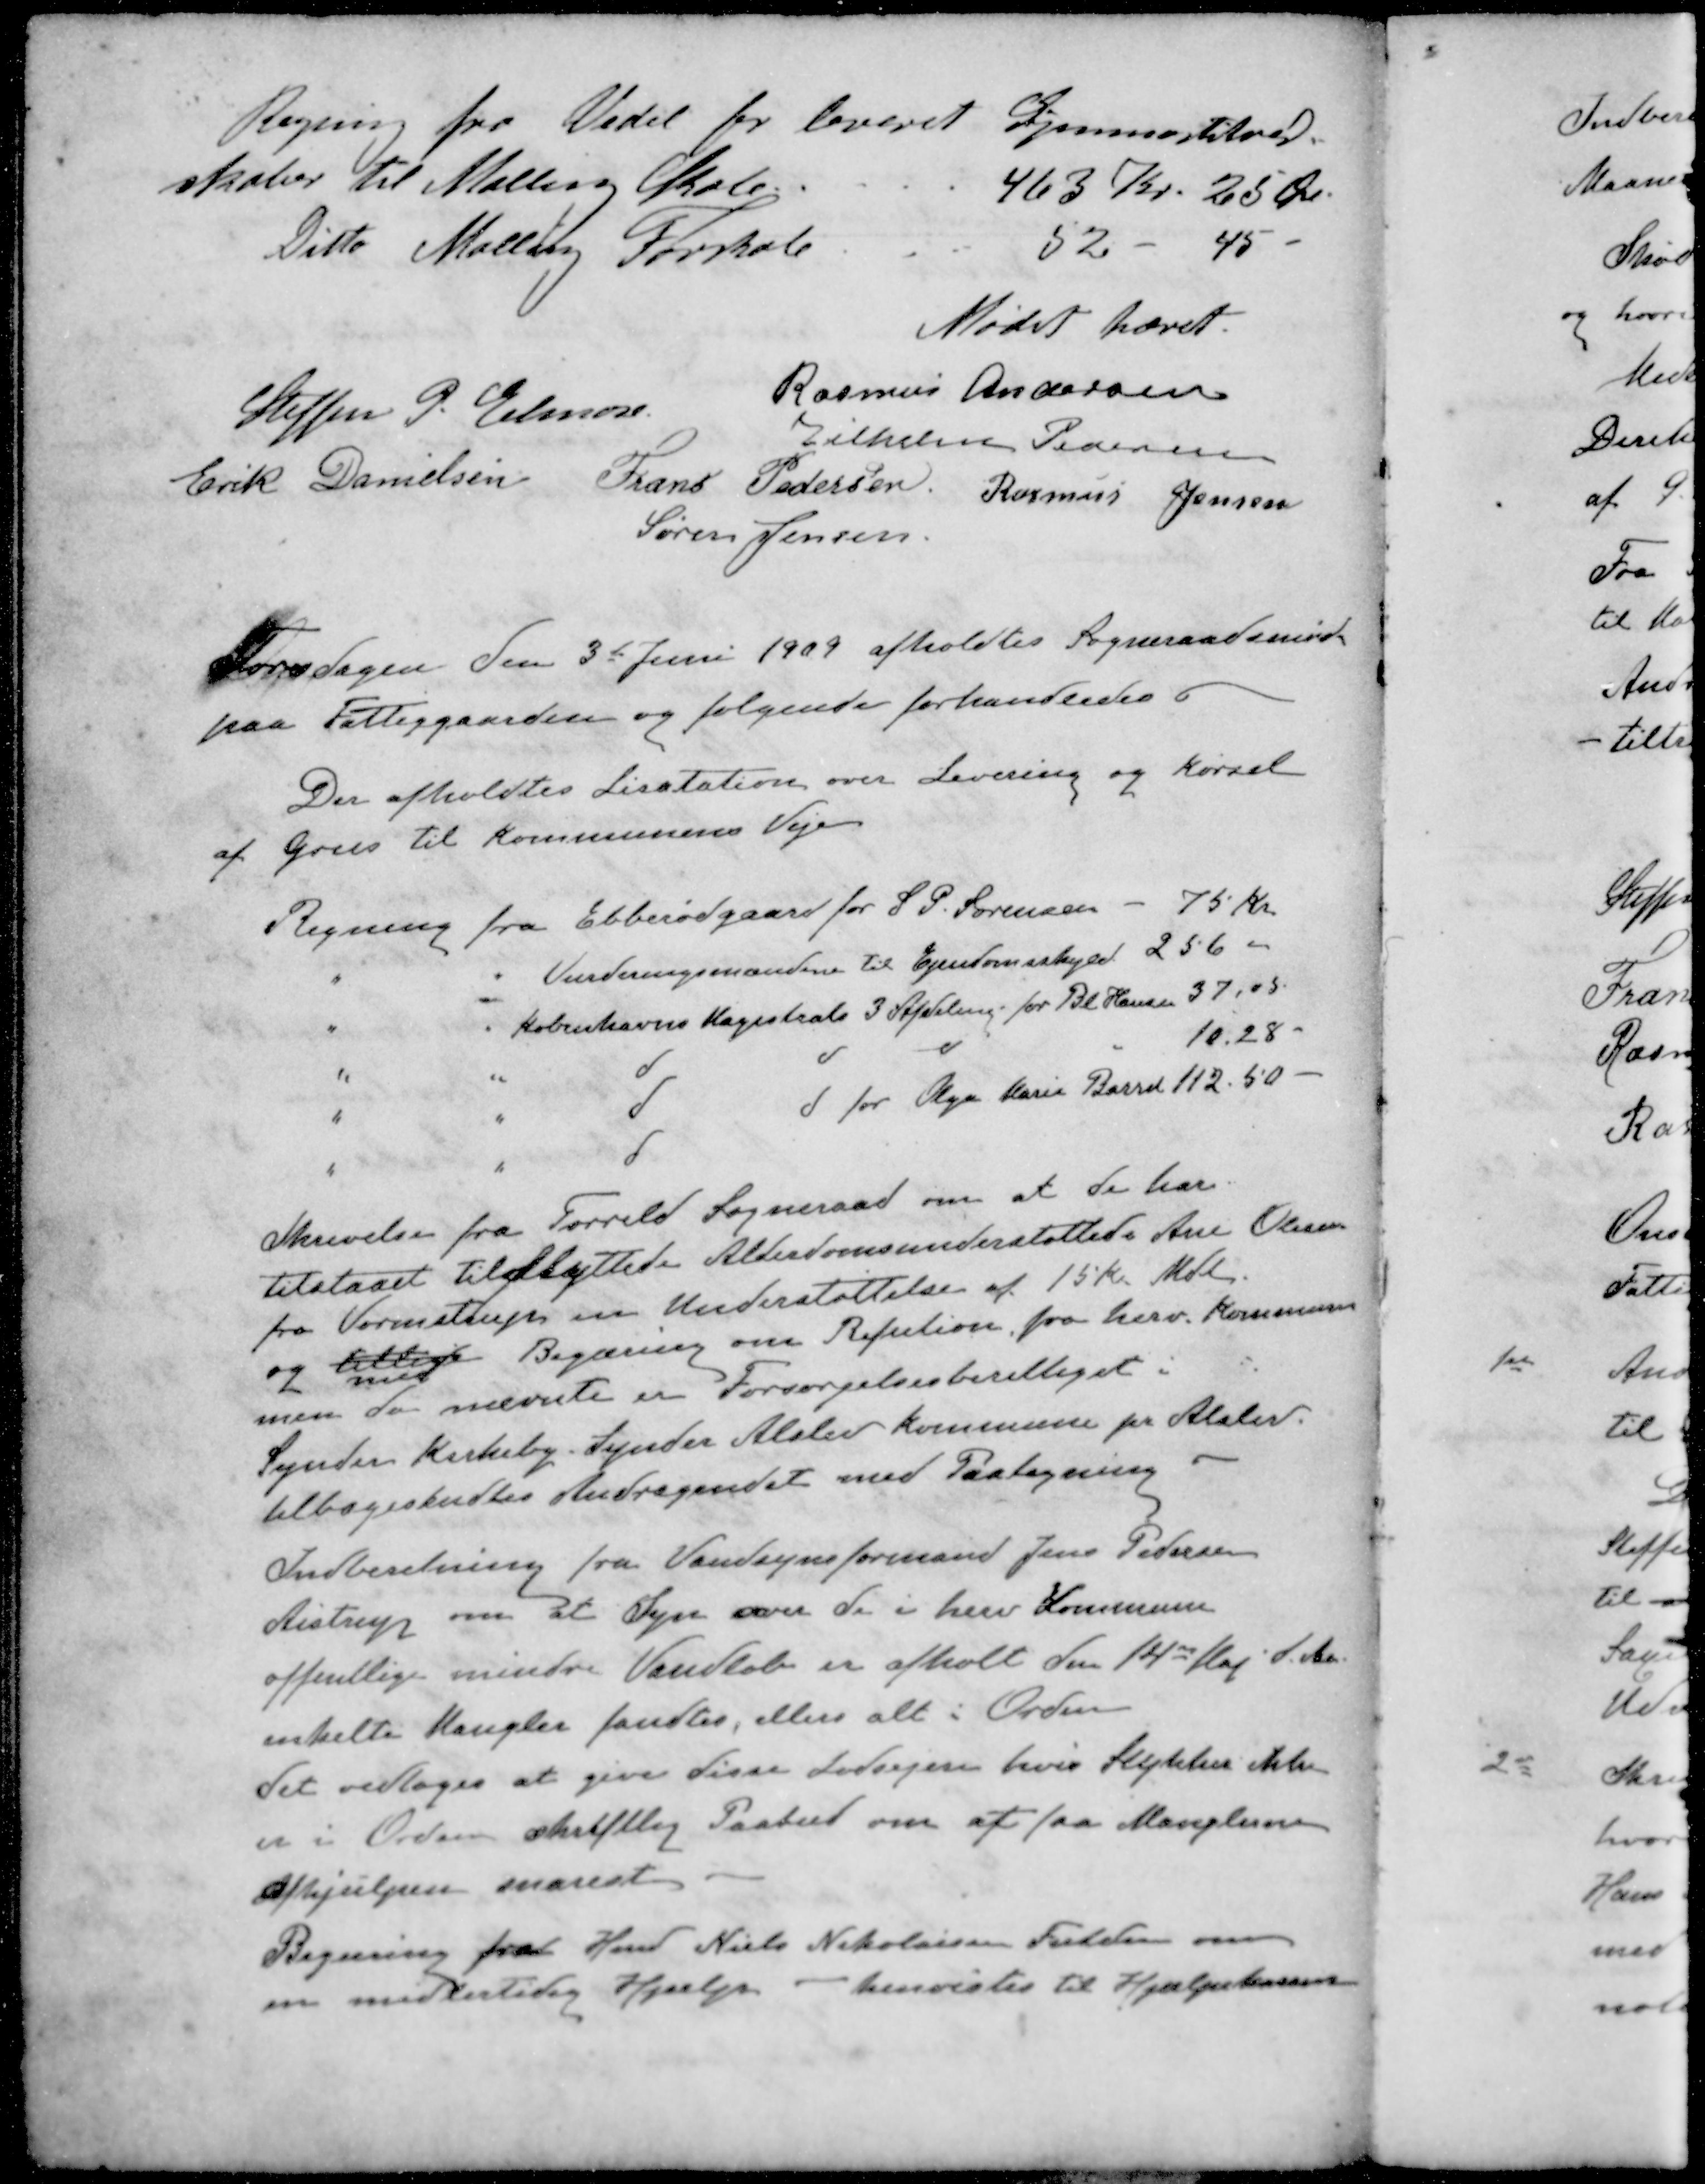
Transskription:
Regning fra Vedel for leveret Gymnastikred-
skaber til Malling Skole
463 Kr. 25 Øre
Ditto Malling Forskole
52 - 45 - 
Mødet hævet.
Steffen P. Elmose
Rasmus Andersen
Vilhelm Pedersen
Erik Danielsen
Frans Pedersen
Rasmus Jensen
Søren Jensen
Torsdagen den 3de Juni 1909 afholdtes Sogneraadsmøde
paa Fattiggaarden og følgende forhandledes
Der afholdtes Lisatation over Levering og kørsel
af Grus til Kommunens Veje
Regning fra Ebberødgaard for S. P. Sørensen - 75 Kr
" " Vurderingsmændene til Ejendomsskyld 256 "
" " Københavns Magistrats 3 Afdeling for Bl. Hansen 37,05
" " d d d " 10.28 -
" " d d for Olga Marie Barrel 112.50 -
Skrivelse fra Torrild Sogneraad om at de har.
tilstaaet tilflyttede Alderdomsunderstøttede Ane Olesen
fra Vormstrup en Understøttelse af 15 Kr. Mdl
og tillige Begæring om Refution fra herv. Kommune
med
men da nævnte er Forsørgelsesberettiget i
Synder Kirkeby. Synder Alslev Kommune pr Alslev
tilbagesendtes Andragendet med Paategning
Indberetning fra Vandsynsformand Jens Pedersen
Aistrup om at Syn over de i herv Kommune
offentlige mindre Vandløb er afholt den 14de Maj d. Aa.
enkelte Mangler fandtes, ellers alt i Orden
det vedtoges at give disse Lodsejen hvis Stykker ikke
er i Orden skriftlig Paabud om at faa Manglerne
Afhjulpen snarest
Begæring fra Hmd Niels Nikolaisen Fulden om
en midlertidig Hjælp - henvistes til Hjælpekassen